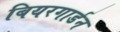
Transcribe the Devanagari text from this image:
बियरगार्डन